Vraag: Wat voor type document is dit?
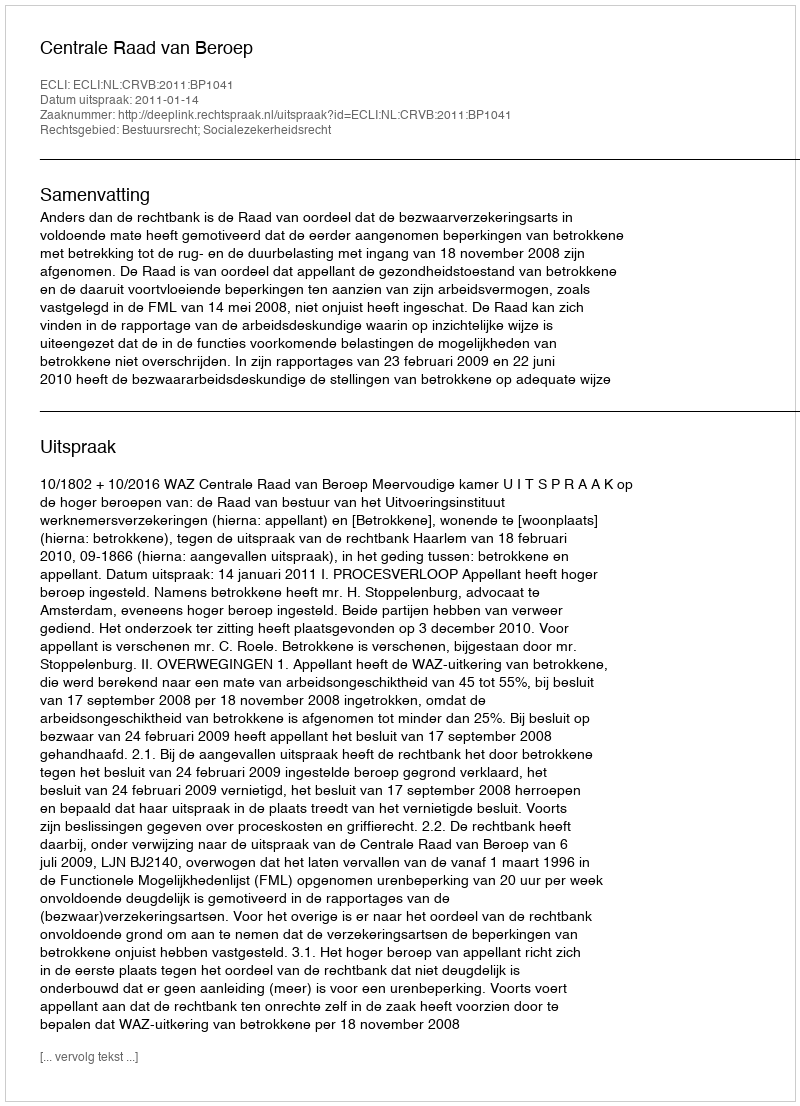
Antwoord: Uitspraak